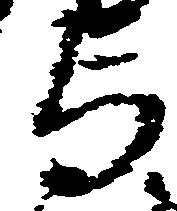
与